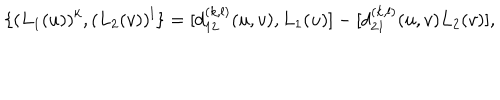
\{ ( L _ { 1 } ( u ) ) ^ { k } , ( L _ { 2 } ( v ) ) ^ { l } \} = [ d _ { 1 2 } ^ { ( k , l ) } ( u , v ) , L _ { 1 } ( u ) ] - [ d _ { 2 1 } ^ { ( k , l ) } ( u , v ) L _ { 2 } ( v ) ] ,